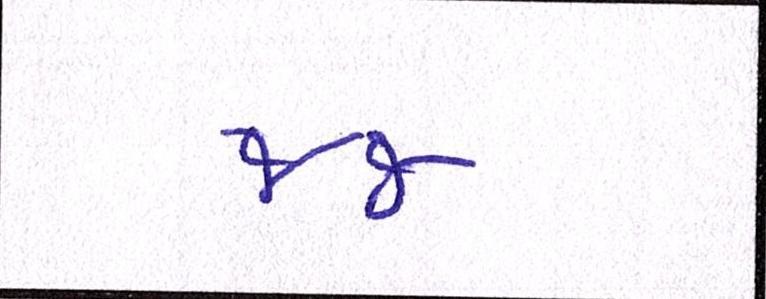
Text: જજ